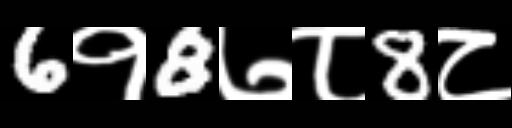
Text: 6१8७८8८